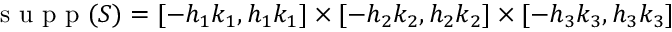
\mathrm { ~ s ~ u ~ p ~ p ~ } ( S ) = [ - h _ { 1 } k _ { 1 } , h _ { 1 } k _ { 1 } ] \times [ - h _ { 2 } k _ { 2 } , h _ { 2 } k _ { 2 } ] \times [ - h _ { 3 } k _ { 3 } , h _ { 3 } k _ { 3 } ]